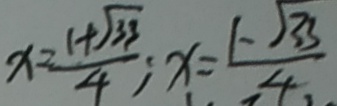
x = \frac { 1 + \sqrt { 3 3 } } { 4 } ; x = \frac { 1 - \sqrt { 3 3 } } { 4 }